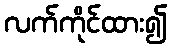
လက်ကိုင်ထား၍